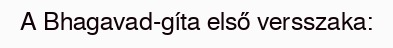
A Bhagavad-gíta első versszaka: